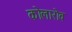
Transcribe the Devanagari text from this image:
कोलारोव